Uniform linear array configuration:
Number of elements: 8
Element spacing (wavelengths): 0.25
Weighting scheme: kaiser
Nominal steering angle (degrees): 0
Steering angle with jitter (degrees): -1.768
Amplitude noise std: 0.05
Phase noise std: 0.05

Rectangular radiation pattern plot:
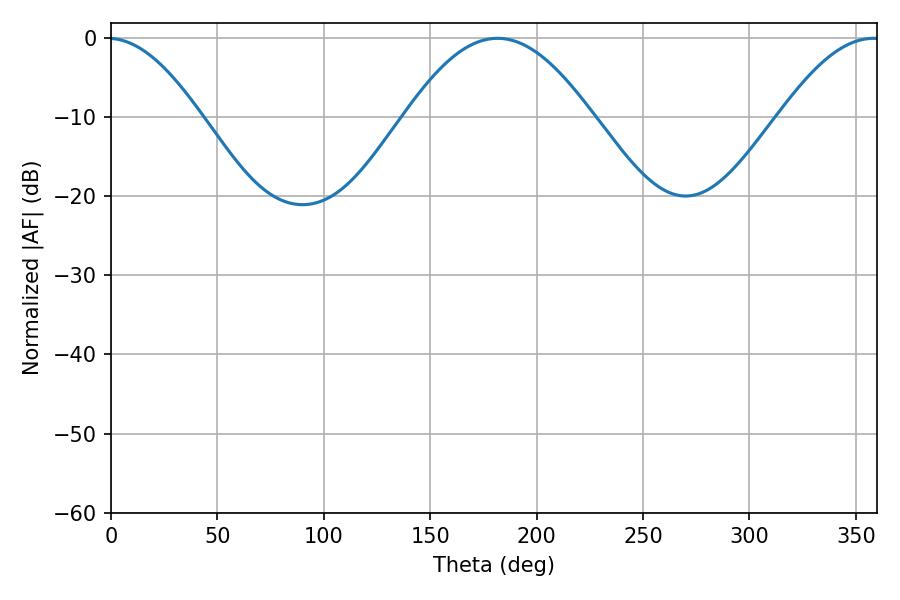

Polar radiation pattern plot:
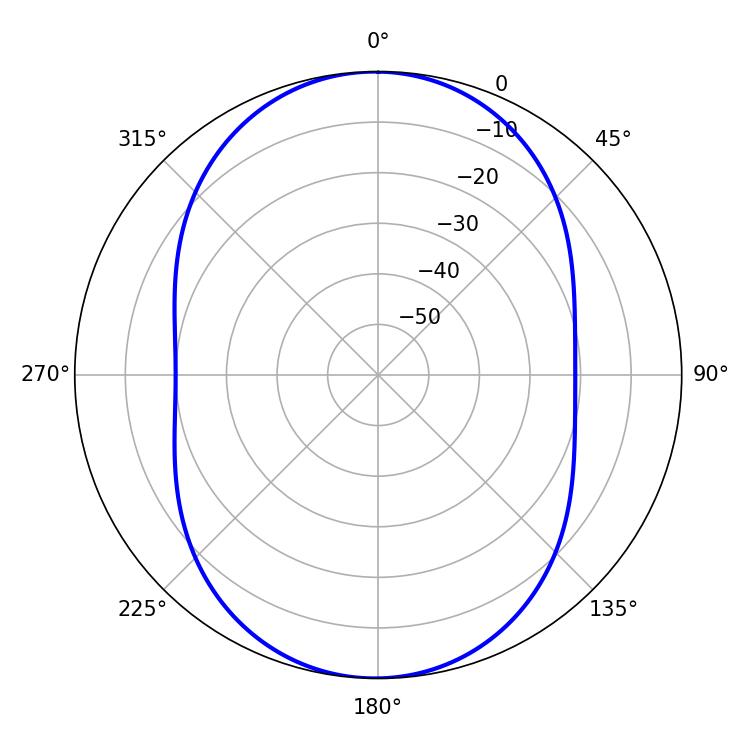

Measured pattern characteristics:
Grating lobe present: FALSE
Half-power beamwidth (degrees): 47.7
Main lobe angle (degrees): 181.62